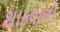
શાકવાળી